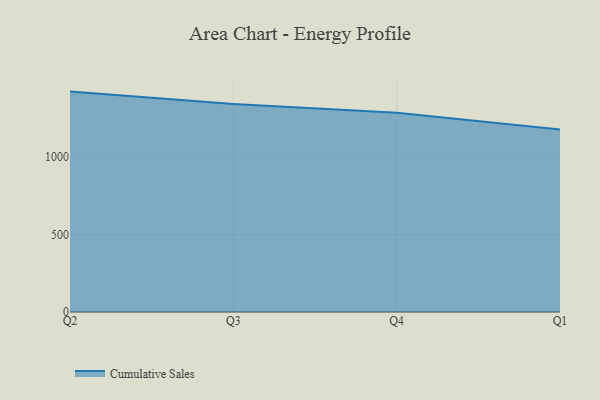
{"axis": {"x": "Quarter", "y": "Waste Production (Tons)"}, "legend": ["Cumulative Sales"], "data": [{"x": "Q2", "y": 1421.1, "type": "Cumulative Sales"}, {"x": "Q3", "y": 1341.7, "type": "Cumulative Sales"}, {"x": "Q4", "y": 1285.1, "type": "Cumulative Sales"}, {"x": "Q1", "y": 1176.5, "type": "Cumulative Sales"}]}